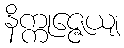
နိက္ကုဇ္ဇေယျ